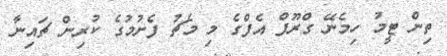
ތިން ޓީމު ހިމެނޭ ގްރޫޕް އެފްގެ މި މެޗު ފެށުމުގެ ކުރިން ޗައިނާ